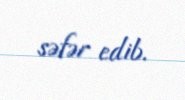
səfər edib.